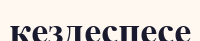
кездеспесе